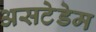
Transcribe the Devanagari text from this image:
असटेडेम